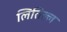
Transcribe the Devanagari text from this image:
लितिल्ल